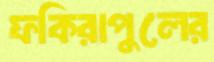
ফকিরাপুলের